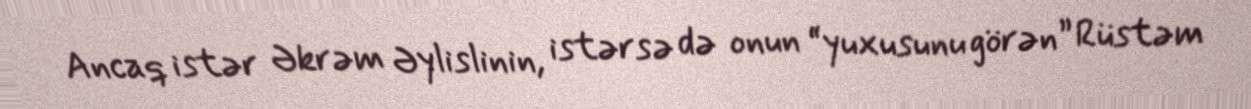
Ancaq istər Əkrəm Əylislinin, istərsə də onun “yuxusunu görən” Rüstəm